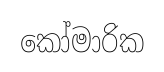
කෝමාරික